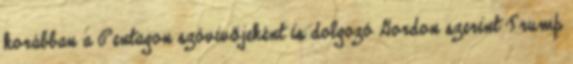
korábban a Pentagon szóvivőjeként is dolgozó Gordon szerint Trump